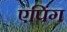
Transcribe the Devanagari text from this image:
एपिंग